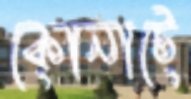
কোনাটে